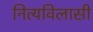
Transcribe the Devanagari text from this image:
नित्यविलासी